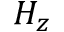
H _ { z }